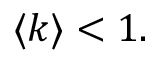
\langle k \rangle < 1 .